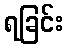
ရခြင်း